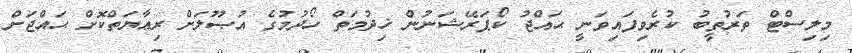
މިލިސްޓް ތަރުތީބު ކުރެވިފައިވަނީ ޙައްޖު ކޯޕަރޭޝަނުން ޚިދުމަތް ހޯދުމުގެ އުޞޫލަށް ރިޢާޔަތްކޮށް ޙައްޖަށް